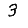
Digit: 3